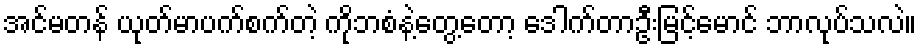
အင်မတန် ယုတ်မာပက်စက်တဲ့ ကိုဘစံနဲ့တွေ့တော့ ဒေါက်တာဦးမြင့်မောင် ဘာလုပ်သလဲ။